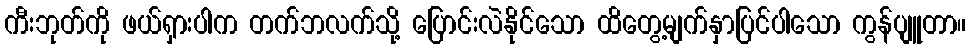
ကီးဘုတ်ကို ဖယ်ရှားပါက တက်ဘလက်သို့ ပြောင်းလဲနိုင်သော ထိတွေ့မျက်နှာပြင်ပါသော ကွန်ပျူတာ။